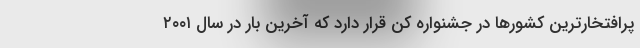
پرافتخارترین کشورها در جشنواره کن قرار دارد که آخرین بار در سال ۲۰۰۱